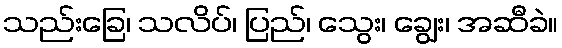
သည်းခြေ၊ သလိပ်၊ ပြည်၊ သွေး၊ ချွေး၊ အဆီခဲ။